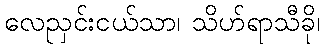
လေညှင်းငယ်သာ၊ သိဟ်ရာသီခို၊